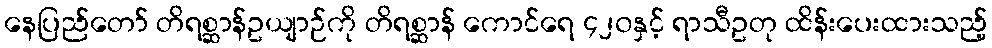
နေပြည်တော် တိရစ္ဆာန်ဥယျာဉ်ကို တိရစ္ဆာန် ကောင်ရေ ၄၂၀နှင့် ရာသီဥတု ထိန်းပေးထားသည့်